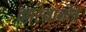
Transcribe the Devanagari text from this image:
कास्यानोव